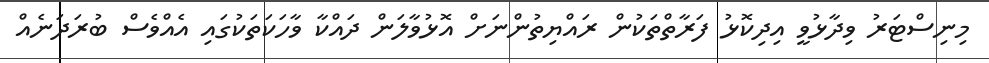
މިނިސްޓަރު ވިދާޅުވީ އިދިކޮޅު ފަރާތްތަކުން ރައްޔިތުންނަށް އޮޅުވާލަން ދައްކާ ވާހަކަތަކުގައި އެއްވެސް ބުރަދަނެއް